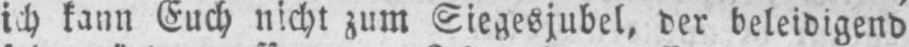
ich kann Euch nicht zum Siegesjubel, der beleidigend